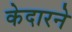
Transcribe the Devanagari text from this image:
केदारने